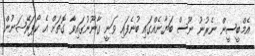
އެމްބީސީން ނެރުނު ނޫސް ބަޔާނެއްގައި ބުނެފައި ވަނީ ގާނޫނުގައިވާ ގޮތަށް އެ ކޯޕަރޭޝަނުން